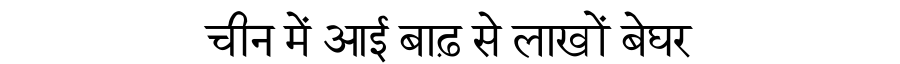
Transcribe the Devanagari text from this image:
चीन में आई बाढ़ से लाखों बेघर